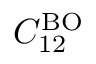
C _ { 1 2 } ^ { \mathrm { B O } }